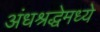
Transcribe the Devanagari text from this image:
अंधश्रद्धेमध्ये